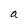
Character: a